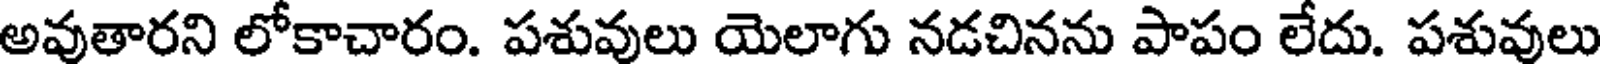
అవుతారని లోకాచారం. పశువులు యెలాగు నడచినను పాపం లేదు. పశువులు